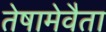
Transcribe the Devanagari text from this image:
तेषामेवैता